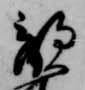
敵